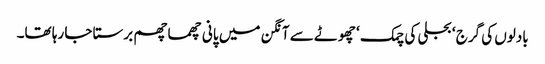
بادلوں کی گرج ‘ بجلی کی چمک ‘ چھوٹے سے آنگن میں پانی چھما چھم برستا جا رہا تھا۔